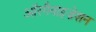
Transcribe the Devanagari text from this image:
ऑरगैनाइज़ेशन